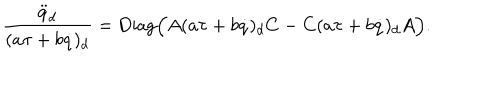
{ \frac { { \ddot { q } } _ { d } } { ( a \tau + b \dot { q } ) _ { d } } } = \mathrm { D i a g } \Big ( A ( a \tau + b \dot { q } ) _ { d } C - C ( a \tau + b \dot { q } ) _ { d } A \Big ) .